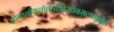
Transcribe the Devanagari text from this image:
नोनानॉयलॉक्सीबेंज़ीनसल्फोनेट